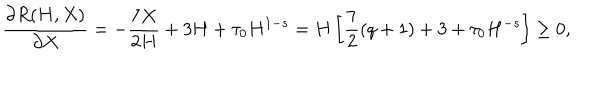
\frac { \partial R ( H , X ) } { \partial X } = - \frac { 7 X } { 2 H } + 3 H + \tau _ { 0 } H ^ { 1 - s } = H \left[ \frac 7 2 ( q + 1 ) + 3 + \tau _ { 0 } H ^ { - s } \right] \geq 0 ,